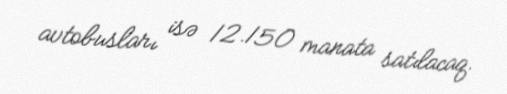
avtobusları isə 12.150 manata satılacaq.